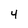
Character: 4